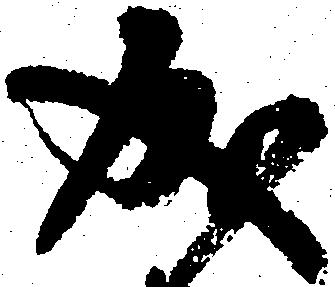
成